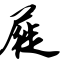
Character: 屣